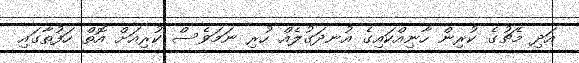
އަދި މެޗުގެ ކުރިން ހާނިއްކައިގެ އުނދަގުލެއް ހުރި ނަމަވެސް ކުރިއަށް އޮތް ހަފުތާގައި